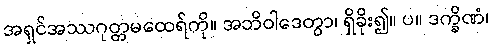
အရှင်အဿဂုတ္တမထေရ်ကို။ အဘိဝါဒေတွာ၊ ရှိခိုး၍။ ပ။ ဒက္ခိဏံ၊